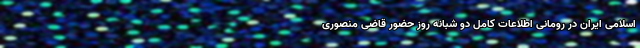
اسلامی ایران در رومانی اطلاعات کامل دو شبانه روز حضور قاضی منصوری